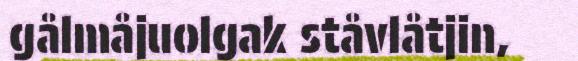
gålmåjuolgak ståvlåtjin,